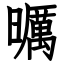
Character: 曞